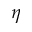
\eta